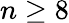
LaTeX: n\geq 8